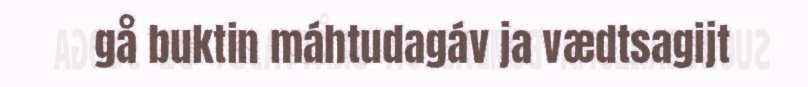
gå buktin máhtudagáv ja vædtsagijt